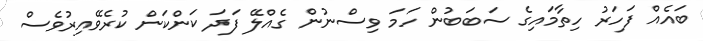
ބައެއް ފަހަރު ހިތާމައިގެ ސަބަބުން ހަމަ ވިސްނުން ގެއްލޭ ފަދަ ކަންކަން ކުރެވޭއިރުވެސް